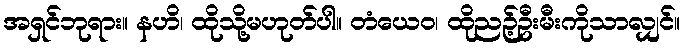
အရှင်ဘုရား။ နဟိ၊ ထိုသို့မဟုတ်ပါ။ တံယေဝ၊ ထိုညဉ့်ဦးမီးကိုသာလျှင်။